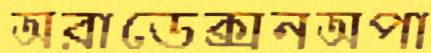
অরাডেক্সনঅপা